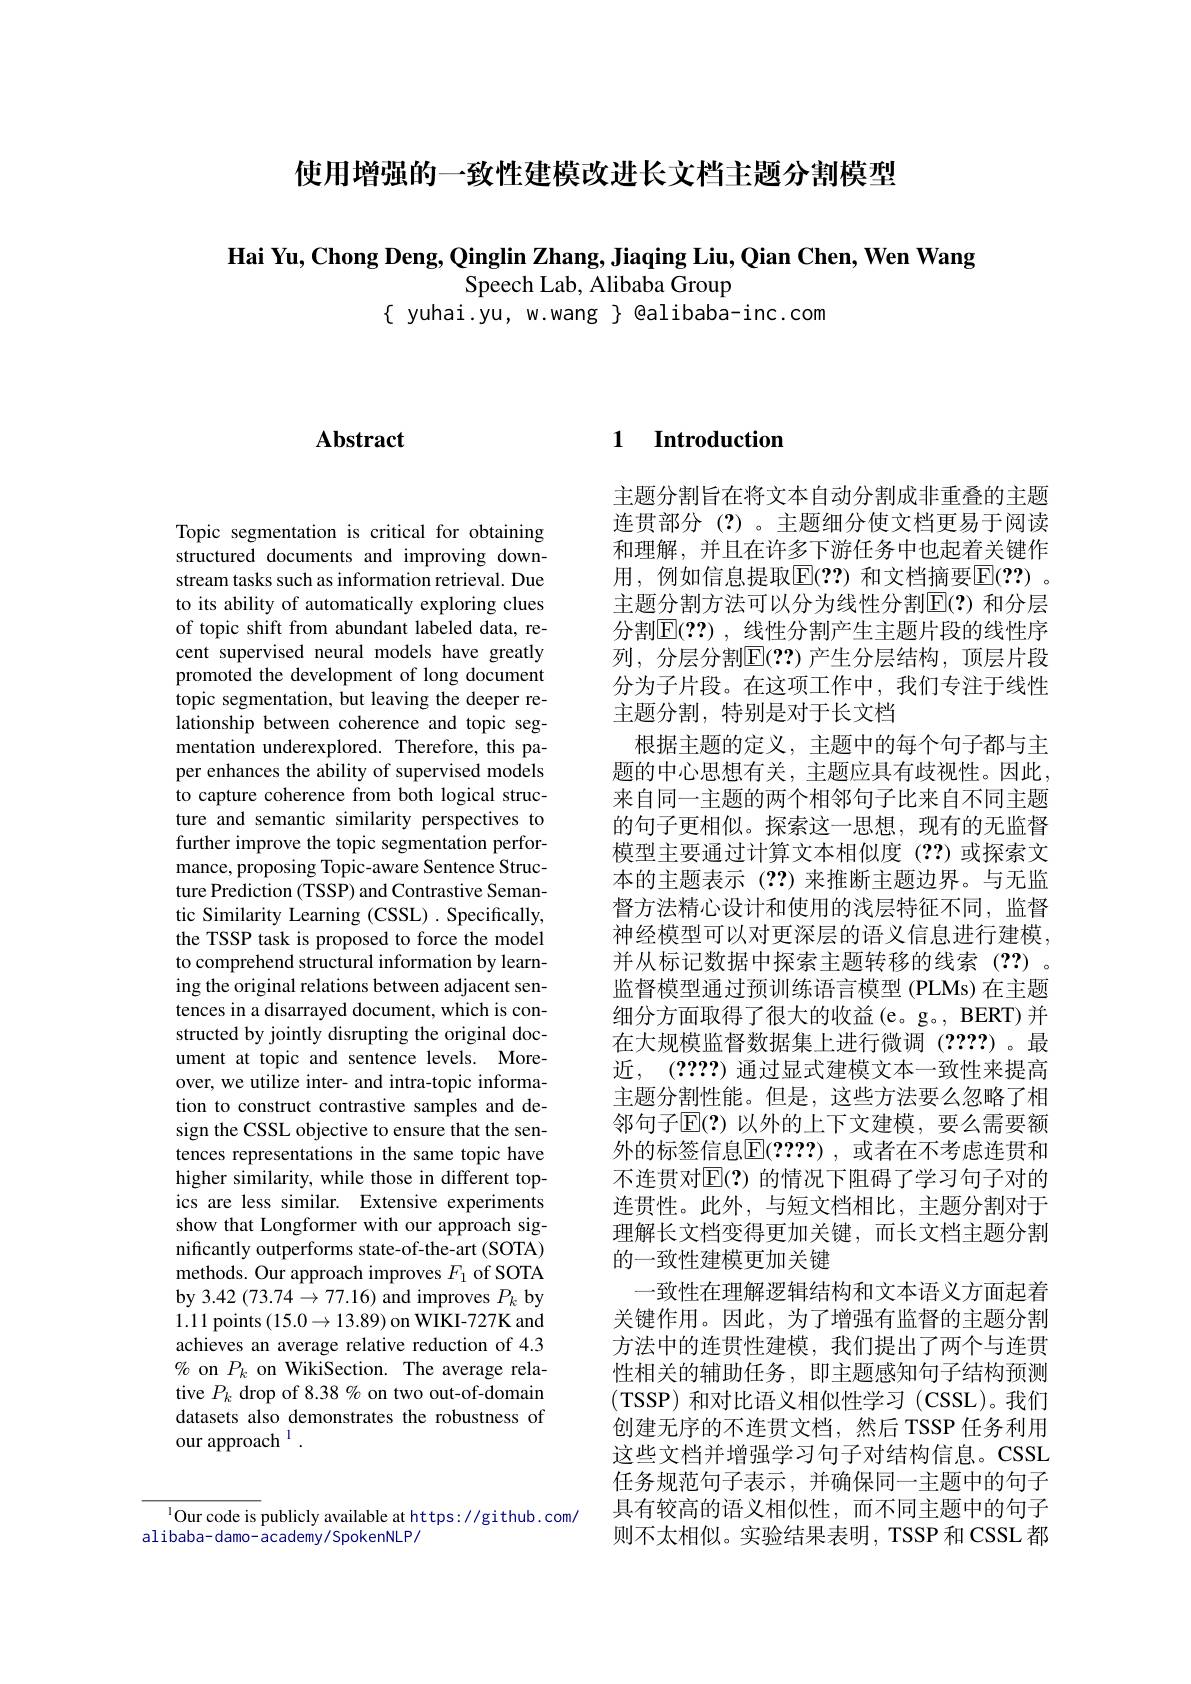
使用增强的一致性建模改进长文档主题分割模型

Hai Yu, Chong Deng, Qinglin Zhang, Jiaqing Liu, Qian Chen, Wen Wang

Speech Lab, Alibaba Group
$\{$ yuhai.yu, w.wang $\}$ @alibaba-inc.com

# Abstract

Topic segmentation is critical for obtaining structured documents and improving downstream tasks such as information retrieval. Due to its ability of automatically exploring clues of topic shift from abundant labeled data, recent supervised neural models have greatly promoted the development of long document topic segmentation, but leaving the deeper relationship between coherence and topic segmentation underexplored. Therefore, this paper enhances the ability of supervised models to capture coherence from both logical structure and semantic similarity perspectives to further improve the topic segmentation performance, proposing Topic-aware Sentence Structure Prediction (TSSP) and Contrastive Semantic Similarity Learning (CSSL) . Specifically, the TSSP task is proposed to force the model to comprehend structural information by learning the original relations between adjacent sentences in a disarrayed document, which is constructed by jointly disrupting the original document at topic and sentence levels. Moreover, we utilize inter- and intra-topic information to construct contrastive samples and design the CSSL objective to ensure that the sentences representations in the same topic have higher similarity, while those in different topics are less similar. Extensive experiments show that Longformer with our approach significantly outperforms state-of-the-art(SOTA) methods. Our approach improves $F_1$ of SOTA by 3.42 (73.74→77.16) and improves $P_k$ by 1.11 points $(15.0\to13.89)$ on WIKI-727K and achieves an average relative reduction of 4.3 $\%$ on $P_k$ on WikiSection. The average relative $P_k$ drop of 8.38 % on two out-of-domain datasets also demonstrates the robustness of our approach $^{\mathrm{l}}.$

$^{1}$Our code is publicly available at https://github.com/
alibaba- damo- academy/ SpokenNLP/

### 1 $\textbf{Introduction}$

主题分割旨在将文本自动分割成非重叠的主题连贯部分(?)。主题细分使文档更易于阅读和理解，并且在许多下游任务中也起着关键作用，例如信息提取$\overline{\mathbb{E}}(??)$ 和文档摘要$\overline{\mathbb{E}}(??)$ 。主题分割方法可以分为线性分割E(?)和分层分割$\mathbb{E}(??)$,线性分割产生主题片段的线性序列，分层分割$\mathbb{E}(??)$ 产生分层结构，顶层片段分为子片段。在这项工作中，我们专注于线性主题分割，特别是对于长文档
根据主题的定义，主题中的每个句子都与主题的中心思想有关，主题应具有歧视性。因此， 来自同一主题的两个相邻句子比来自不同主题的句子更相似。探索这一思想，现有的无监督模型主要通过计算文本相似度(2?)或探索文本的主题表示(??)来推断主题边界。与无监督方法精心设计和使用的浅层特征不同，监督神经模型可以对更深层的语义信息进行建模， 并从标记数据中探索主题转移的线索(??)。监督模型通过预训练语言模型 (PLMs) 在主题细分方面取得了很大的收益(e。g。, BERT) 并在大规模监督数据集上进行微调(2???)。最近，(2222) 通过显式建模文本一致性来提高主题分割性能。但是，这些方法要么忽略了相邻句子$\mathbb{E}(?)$ 以外的上下文建模，要么需要额外的标签信息$\mathbb{E}(????)$,或者在不考虑连贯和不连贯对$\overline{\mathrm{E}}(?)$ 的情况下阻碍了学习句子对的连贯性。此外，与短文档相比，主题分割对于理解长文档变得更加关键，而长文档主题分割的一致性建模更加关键
一致性在理解逻辑结构和文本语义方面起着关键作用。因此，为了增强有监督的主题分割方法中的连贯性建模，我们提出了两个与连贯性相关的辅助任务，即主题感知句子结构预测(TSSP)和对比语义相似性学习(CSSL)。我们创建无序的不连贯文档，然后 TSSP 任务利用这些文档并增强学习句子对结构信息。CSSL 任务规范句子表示，并确保同一主题中的句子具有较高的语义相似性，而不同主题中的句子则不太相似。实验结果表明，TSSP 和 CSSL 都